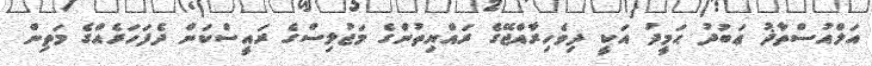
އަލްއުސްތާޛު ޢަބުދު ޙަމީދު އަކީ ދިވެހިރާއްޖޭގެ ރައްޔިތުންގެ މަޖުލިސްގެ ރައީސްކަން ދެފަހަރެއްގެ މަތިން